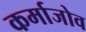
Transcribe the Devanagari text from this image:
कर्माजोव